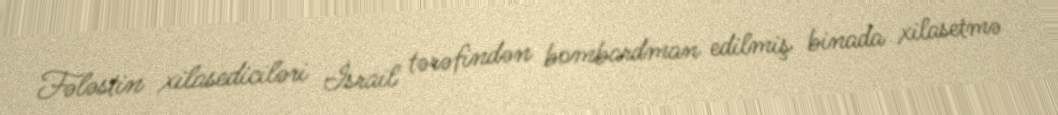
Fələstin xilasediciləri İsrail tərəfindən bombardman edilmiş binada xilasetmə